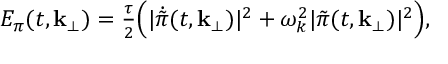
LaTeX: { \cal E } _ { \pi } ( t , { \bf k } _ { \perp } ) = { \textstyle { \frac { \tau } { 2 } } } \Bigl ( \vert \dot { \tilde { \pi } } ( t , { \bf k } _ { \perp } ) \vert ^ { 2 } + \omega _ { k } ^ { 2 } \vert \tilde { \pi } ( t , { \bf k } _ { \perp } ) \vert ^ { 2 } \Bigr ) ,